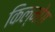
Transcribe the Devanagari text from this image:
किल्मोग